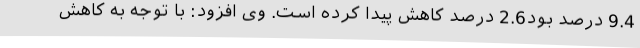
9.4 درصد بود2.6 درصد کاهش پیدا کرده است. وی افزود: با توجه به کاهش